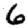
Digit: 6